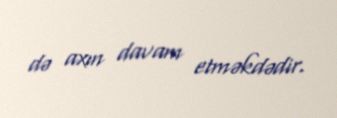
də axın davam etməkdədir.